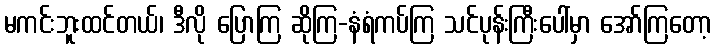
မကင်းဘူးထင်တယ်၊ ဒီလို ပြောကြ ဆိုကြ-နံရံကပ်ကြ သင်ပုန်းကြီးပေါ်မှာ အော်ကြတော့